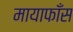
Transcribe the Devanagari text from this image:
मायाफाँस